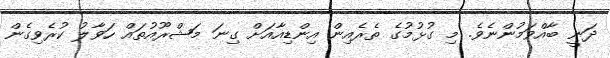
ދަނީ ބާއްވަމުންނެވެ. މި ގުޅުމުގެ ތެރެއިން އިންޑިއާއަށް ގިނަ މަޝްރޫއުތައް ހަވާލު ކުރެވިގެން